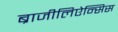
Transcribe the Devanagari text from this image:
ब्राजीलिऐन्सिस